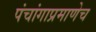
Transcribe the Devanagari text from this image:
पंचांगाप्रमाणेच